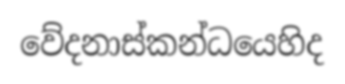
වේදනාස්කන්ධයෙහිද